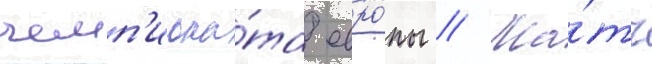
чемп'иона́та евро́пы // Ма́тч